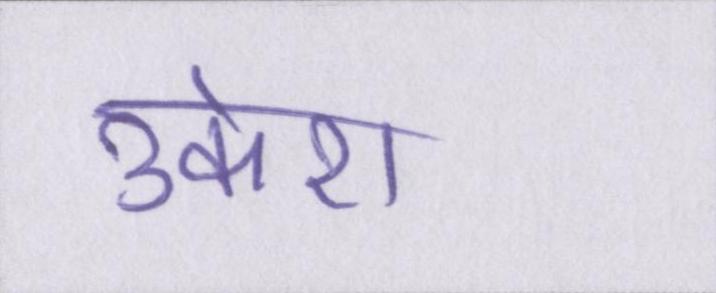
उकेरा